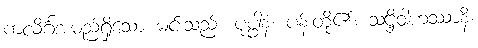
ကလိင်္ဂအမည်ရှိသော မင်းသည်။ ပုပ္ဖါနံ၊ ပန်းတို့၏။ သဋ္ဌိဝါဟဿာနိ၊